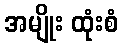
အမျိုး ထုံးစံ